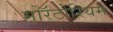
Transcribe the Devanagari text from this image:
मोरॅटोरियम